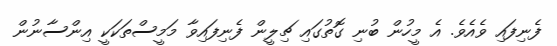
ފެނިފައި ވެއެވެ. އެ މީހުން ބުނި ގޮތުގައި ޗިލީން ފެނިފައިވާ މަމީސްތަކަކީ އިންސާނުން